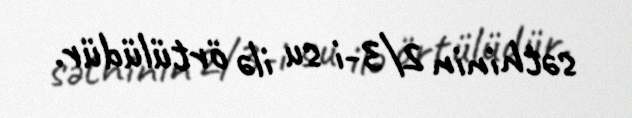
səthinin 2/3-i su ilə örtülüdür.